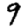
Digit: 9